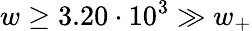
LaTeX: w\geq 3.20\cdot 10^{3}\gg w_{+}